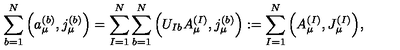
\sum _ { b = 1 } ^ { N } \Big ( a _ { \mu } ^ { ( b ) } , j _ { \mu } ^ { ( b ) } \Big ) = \sum _ { I = 1 } ^ { N } \sum _ { b = 1 } ^ { N } \Big ( U _ { I b } A _ { \mu } ^ { ( I ) } , j _ { \mu } ^ { ( b ) } \Big ) : = \sum _ { I = 1 } ^ { N } \Big ( A _ { \mu } ^ { ( I ) } , J _ { \mu } ^ { ( I ) } \Big ) ,